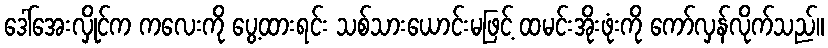
ဒေါ်အေးလှိုင်က ကလေးကို ပွေ့ထားရင်း သစ်သားယောင်းမဖြင့် ထမင်းအိုးဖုံးကို ကော်လှန်လိုက်သည်။